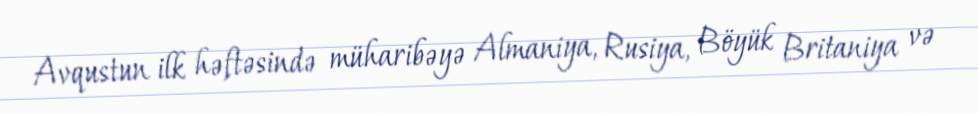
Avqustun ilk həftəsində müharibəyə Almaniya, Rusiya, Böyük Britaniya və